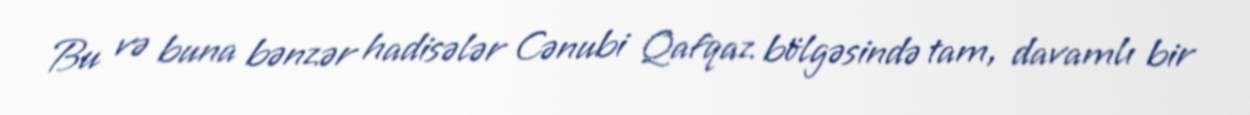
Bu və buna bənzər hadisələr Cənubi Qafqaz bölgəsində tam, davamlı bir